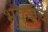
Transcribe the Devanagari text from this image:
भुवयांचे